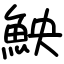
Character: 䱀